Board of Education Examinations in Art and in Science and Technology, and Examinations of the City and Guilds of London Institute, 1917, 1917
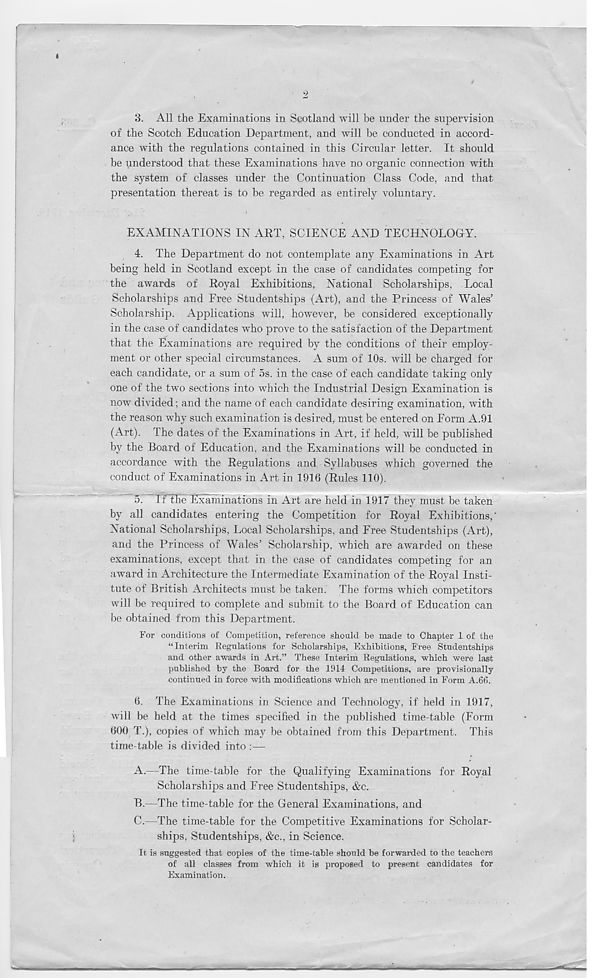
3. All the Examinations in Scotland will be under the supervision
of the Scotch Education Department, and will be conducted in accord-
ance with the regulations contained in this Circular letter. It should
be understood that these Examinations have no organic connection with
the system of classes under the Continuation Class Code, and that
presentation thereat is to be regarded as entirely voluntary.
EXAMINATIONS IN ART, SCIENCE AND TECHNOLOGY.
4. The Department do not contemplate any Examinations in Art
being held in Scotland except in the case of candidates competing for
the awards of Royal Exhibitions, National Scholarships, Local
Scholarships and Free Studentships (Art), and the Princess of Wales’
Scholarship. Applications will, however, be considered exceptionally
in the case of candidates who prove to the satisfaction of the Department
that the Examinations are required by the conditions of their employ-
ment or other special circumstances. A sum of 10s. will be charged for
each candidate, or a sum of 5s. in the case of each candidate taking only
one of the two sections into which the Industrial Design Examination is
now divided; and the name of each candidate desiring examination, with
the reason why such examination is desired, must be entered on Form A.91
(Art). The dates of the Examinations in Art, if held, will be published
by the Board of Education, and the Examinations will be conducted in
accordance with the Regulations and Syllabuses which governed the
conduct of Examinations in Art in 1916 (Rules 110).
5r~lf the Examinations in Art are held in 1917 they must be taken
by all candidates entering the Competition for Royal Exhibitions,'
National Scholarships, Local Scholarships, and Free Studentships (Art),
and the Princess of Wales’ Scholarship, which are awarded on these
examinations, except that in the case of candidates competing for an
award in Architecture the Intermediate Examination of the Royal Insti-
tute of British Architects must be taken. The forms which competitors
will be required to complete and submit to the Board of Education can
be obtained from this Department.
For conditions of Competition, reference should be made to Chapter 1 of the
“Interim Regulations for Scholarships, Exhibitions, Free Studentships
and other awards in Art.” These Interim Regulations, which were last
published by the Board for the 1914 Competitions, are provisionally
continued in force with modifications which are mentioned in Form A.66.
6. The Examinations in Science and Technology, if held in 1917,
will be held at the times specified in the published time-table (Form
600 T.), copies of which may be obtained from this Department. This
time-table is divided into :—
A.
—The time-table for the Qu
Scholarships and Free Studentships, &c.
B.
—The time-table for the Genera
C.
—The time-table for the Comp
ships, Studentships, &c., in Science.
It is suggested that copies of the time-table should be forwarded to the teachers
of all classes from which it is proposed to present candidates for
Examination.